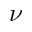
\nu